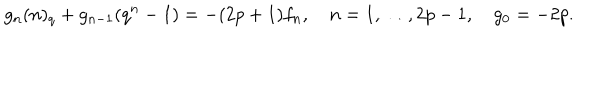
g _ { n } ( n ) _ { q } + g _ { n - 1 } ( q ^ { n } - 1 ) = - ( 2 p + 1 ) f _ { n } , \quad n = 1 , \ldots , 2 p - 1 , \quad g _ { 0 } = - 2 p .